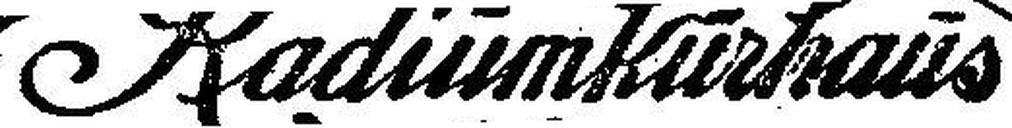
Radiumkurhaus